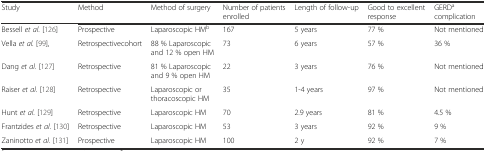
<table><thead><tr><td><b>Study</b></td><td><b>Method</b></td><td><b>Method of surgery</b></td><td><b>Number of patients enrolled</b></td><td><b>Length of follow-up</b></td><td><b>Good to excellent response</b></td><td><b>GERD<sup>a</sup> complication</b></td></tr></thead><tbody><tr><td>Bessell <i>et al.</i> [126]</td><td>Prospective</td><td>Laparoscopic HM<sup>b</sup></td><td>167</td><td>5 years</td><td>77 %</td><td>Not mentioned</td></tr><tr><td>Vella <i>et al.</i> [99],</td><td>Retrospectivecohort</td><td>88 % Laparoscopic and 12 % open HM</td><td>73</td><td>6 years</td><td>57 %</td><td>36 %</td></tr><tr><td>Dang <i>et al.</i> [127]</td><td>Retrospective</td><td>81 % Laparoscopic and 9 % open HM</td><td>22</td><td>3 years</td><td>76 %</td><td>Not mentioned</td></tr><tr><td>Raiser <i>et al.</i> [128]</td><td>Retrospective</td><td>Laparoscopic or thoracoscopic HM</td><td>35</td><td>1-4 years</td><td>97 %</td><td>Not mentioned</td></tr><tr><td>Hunt <i>et al.</i> [129]</td><td>Retrospective</td><td>Laparoscopic HM</td><td>70</td><td>2.9 years</td><td>81 %</td><td>4.5 %</td></tr><tr><td>Frantzides <i>et al.</i> [130]</td><td>Retrospective</td><td>Laparoscopic HM</td><td>53</td><td>3 years</td><td>92 %</td><td>9 %</td></tr><tr><td>Zaninotto <i>et al.</i> [131]</td><td>Prospective</td><td>Laparoscopic HM</td><td>100</td><td>2 y</td><td>92 %</td><td>7 %</td></tr></tbody></table>